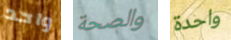
واحد والصحة واحدة